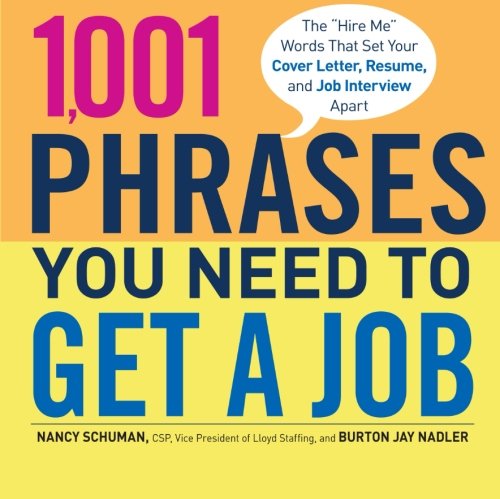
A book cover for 1,001 Phrases You Need to Get a Job: The 'Hire Me' Words that Set Your Cover Letter, Resume, and Job Interview Apart; Nancy Schuman; Business & Money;